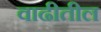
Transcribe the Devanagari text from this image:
वाढीतील